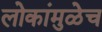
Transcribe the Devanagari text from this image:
लोकांमुळेच